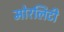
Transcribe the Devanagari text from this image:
मोरलिटी